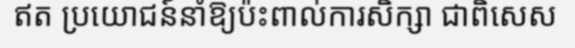
ឥត ប្រយោជន៍នាំឱ្យប៉ះពាល់ការសិក្សា ជាពិសេស